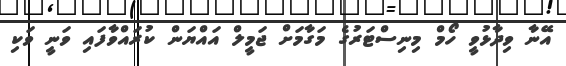
އޭނާ ވިދާޅުވީ ހޯމް މިނިސްޓަރުގެ މަގާމަށް ޖަމީލް އައްޔަން ކުރައްވާފައި ވަނީ ވަކި